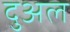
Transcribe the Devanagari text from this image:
दुअल